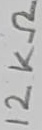
Text: 12KΩ